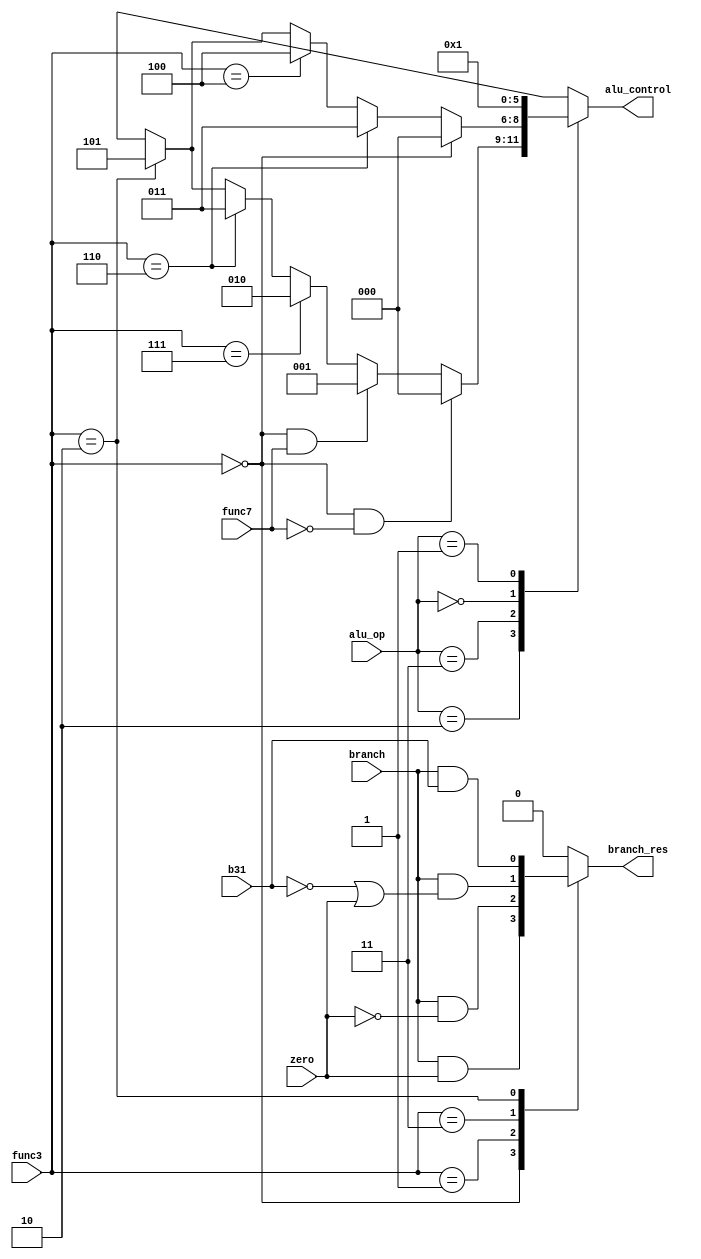
module Alu_controller(input [2:0] func3, input [1:0] alu_op, input func7,input branch, input zero, input b31, output reg [2:0] alu_control, output reg  branch_res);
parameter [1:0] R_T = 2'b10, I_T = 2'b11, S_T = 2'b00, B_T = 2'b01;
parameter [2:0] ADD = 3'b000, SUB = 3'b001, AND = 3'b010, OR = 3'b011, XOR =3'b100, SLT = 3'b101;
   always @(alu_op or func3 or func7)begin
        case (alu_op)
             R_T   : alu_control <= (func3 == 3'b000 & ~func7 ) ? ADD:
                                 (func3 == 3'b000 & func7 ) ? SUB:
                                 (func3 == 3'b111) ? AND:
                                 (func3 == 3'b110) ? OR:
                                 (func3 == 3'b010) ? SLT : 3'bxxx;
             I_T   : alu_control <= (func3 == 3'b000) ? ADD:
                                 (func3 == 3'b110) ? OR:
                                 (func3 == 3'b100) ? XOR:
                                 (func3 == 3'b010) ? SLT: 3'bxxx;
             S_T   : alu_control <= ADD;
             B_T   : alu_control <= SUB;
             default: alu_control <= ADD;
            
        endcase
    end

   always @(func3,branch, zero, b31) begin
        case(func3)
             3'b000   : branch_res <= branch & zero;
             3'b001   : branch_res <= branch & ~zero;
             3'b011   : branch_res <= branch & (~b31|zero);
             3'b010   : branch_res <= branch & b31;
             default: branch_res <= 1'b0;
        endcase
    end
endmodule